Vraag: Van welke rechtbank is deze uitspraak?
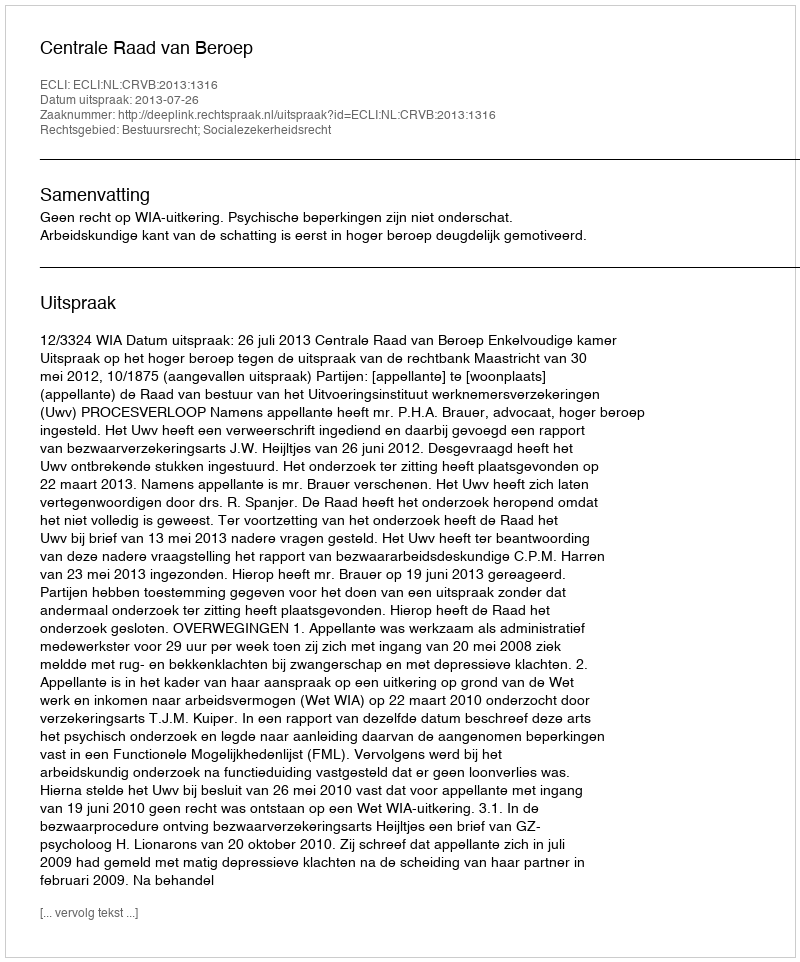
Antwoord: Centrale Raad van Beroep